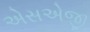
એસએજી